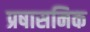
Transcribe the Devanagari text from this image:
प्रषासनिक